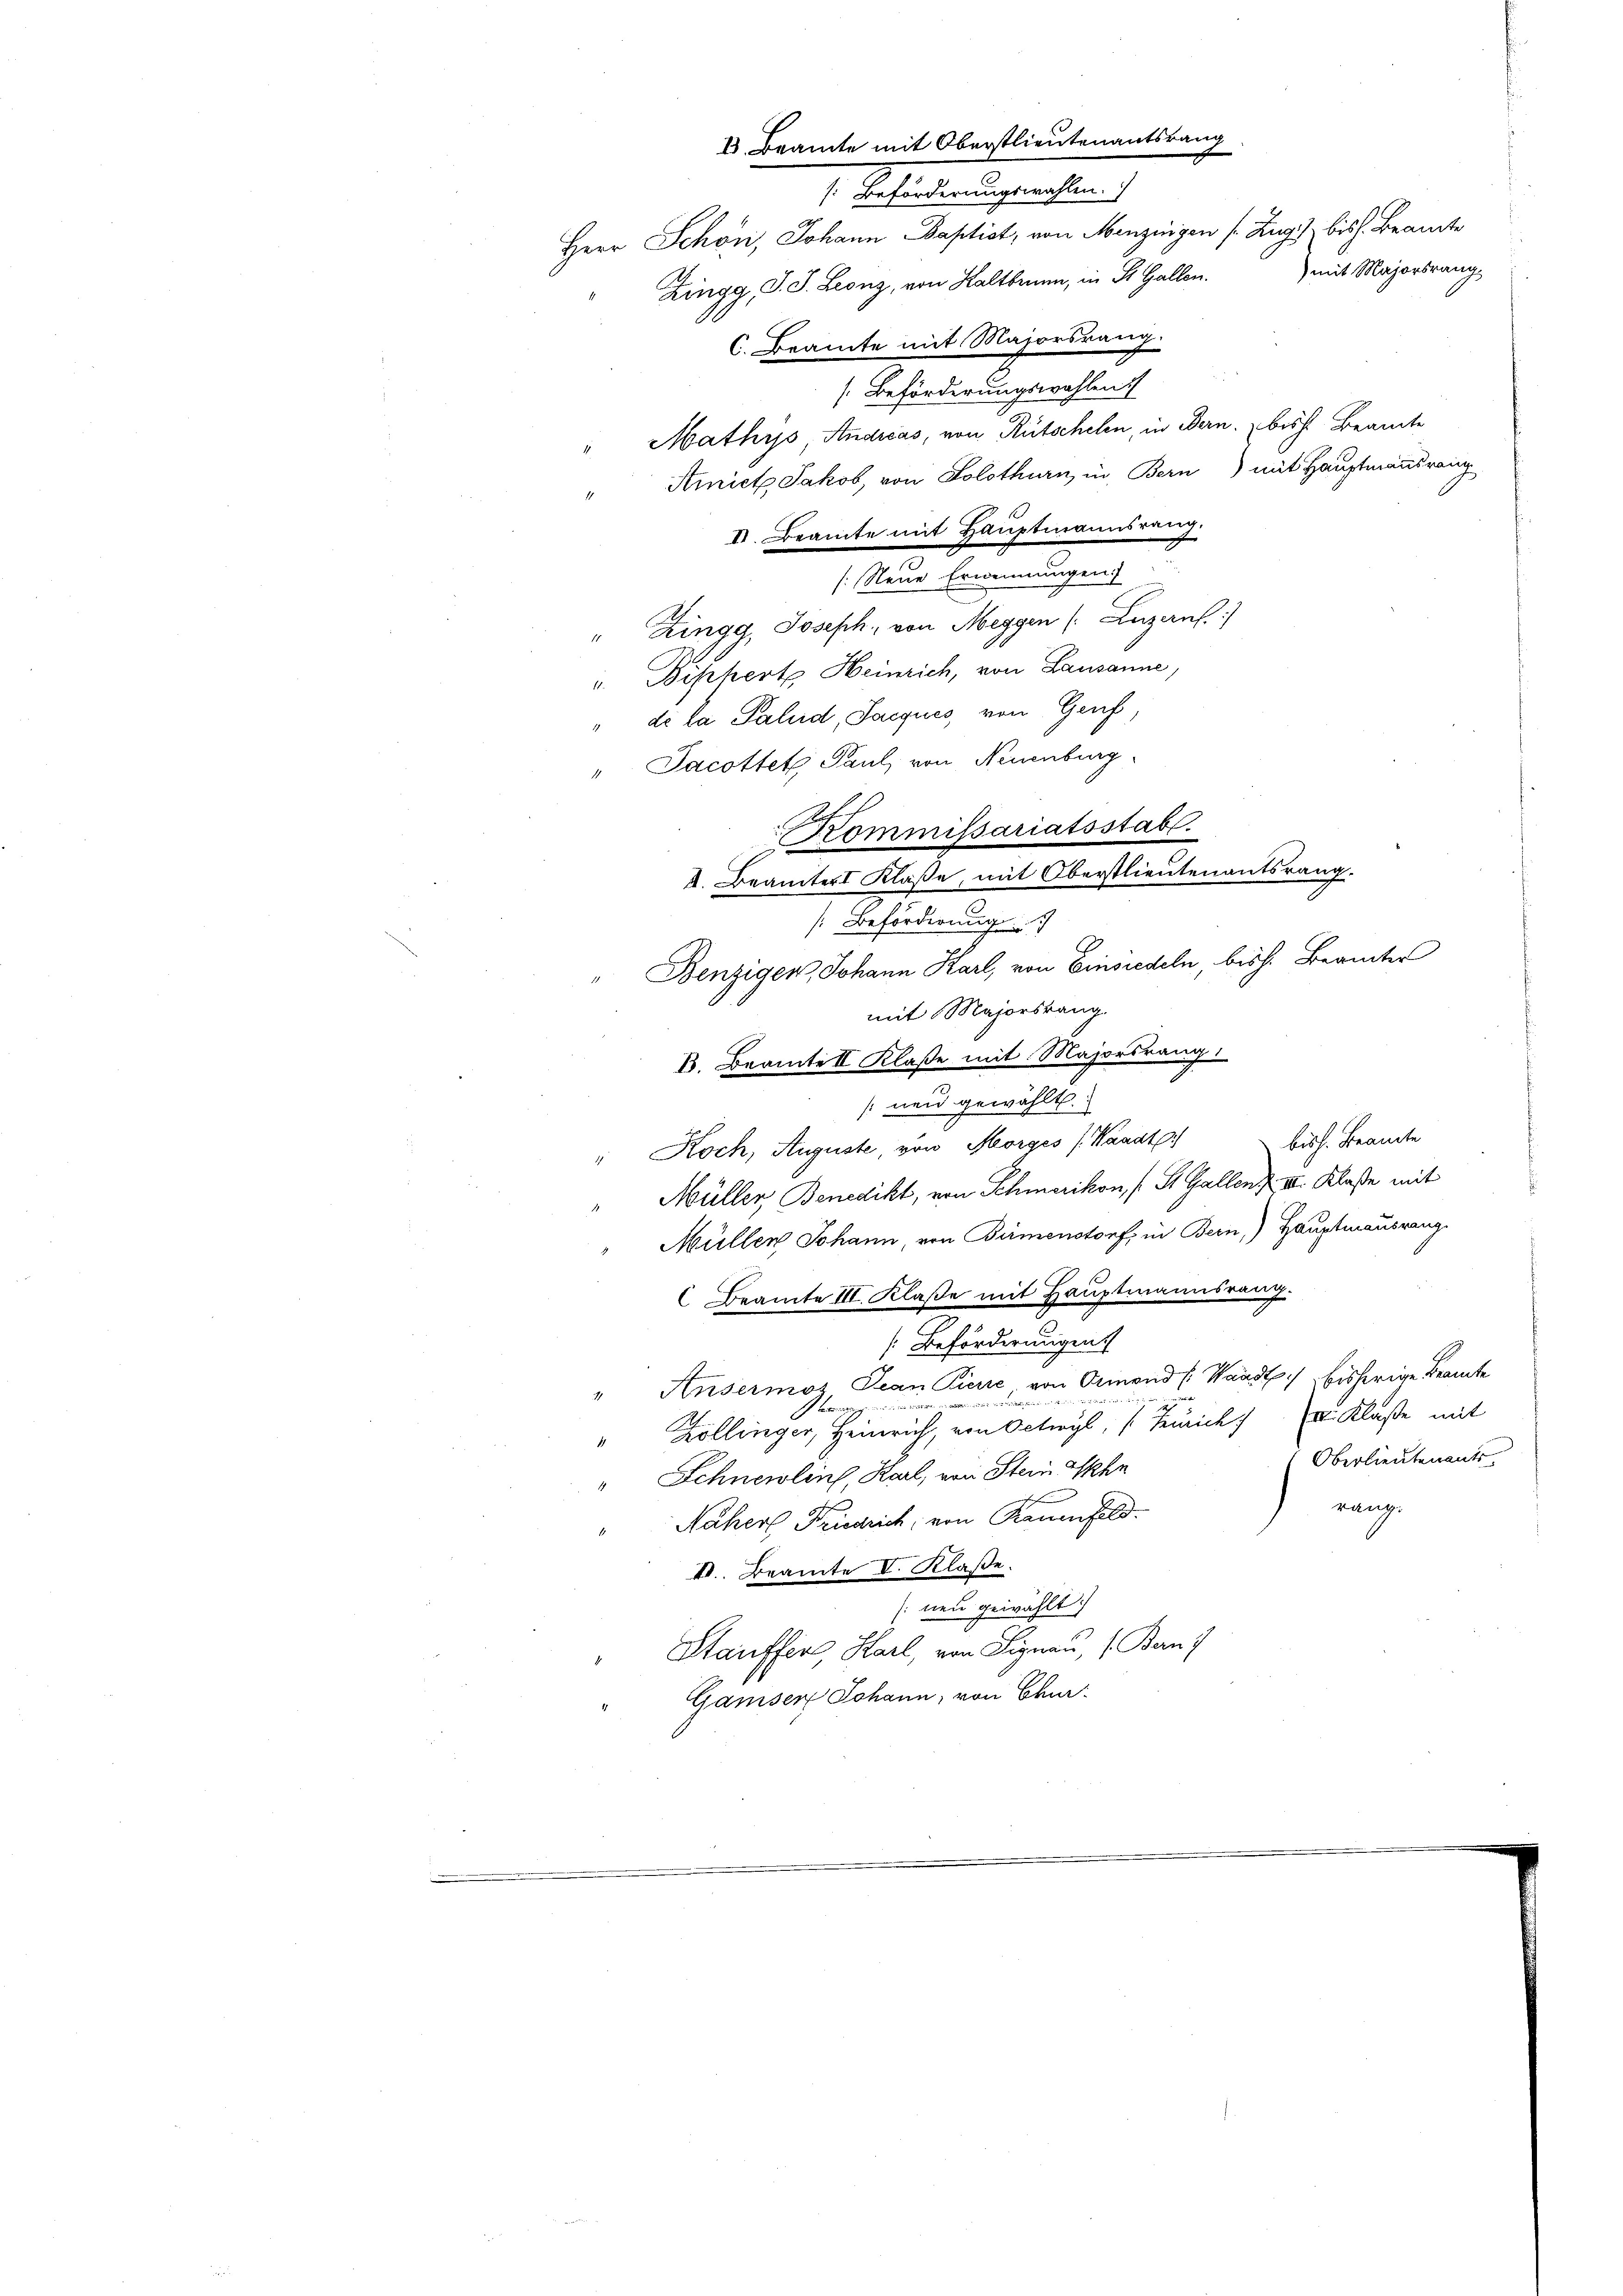
[Beförderungswahlen
Mathys Andreas, von Rütschehen, in Bern, bis Beamte
Amict Jakob, von Solothurn, in Bern) mit Hauptmannsrang
(Neue Ernennungen)
" Zingg, Joseph, von Meggen (: Luzerns.)
". Biphert Heinrich, von Lausanne,
" de la Palud, Jacques, von Genf,
[Beförderung
" Benziger, Johann Karl, von Einsiedeln bish. Beamter
mit Majorsrang.
B. Beamte II Klaße mit Majorsrang
[neu gewählt:
bis h. Beamte
" Koch, Auguste, von Morges (Waadt
Müller Benedikt, von Schmerikon, (St. Gallenz II. Klaße mit
Müllen Johann von Birmenstorf, in Bern,) Hauptmannsrang
Beamte III. Klaße mit Hauptmannsrang.
Beförderungen
" Ansermos Jean Pierie von Ormond (Waadt) bisherige Beamte
a
.
" Zollinger, Heinrich, von Oetwyl, Zürich) II Klaße mit
Oberlieutenants.
" Schnewlins, Karl, von Stein Ihn
range
Näher Friedrich, von Raumfeld.
II. Beamte V. Klaße.
[neu gewählt:
Stauffer Karl, von Signau, (Bern
Gamsers Johann, von Chur

I. Beamte mit Oberstlieutenantsrang
[Beförderungswahlen.
Herr Schön, Johann Baptist, von Menzingen s. Zug bish. Beamte
) mit Majorsrang,
Zingg, S. S. Leonz, von Kaltbrunn, in St. Gallen.
C. Beamte mit Majorsrang.

II. Beamte mit Hauptmannsreich.

" Jacottet Paul von Neuenburg
Kommissariatsstabt.
k. Beamter Klaße, mit Oberstlieutenantsrang.